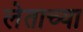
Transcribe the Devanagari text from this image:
लेताच्या